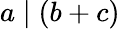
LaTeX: a\mid(b+c)